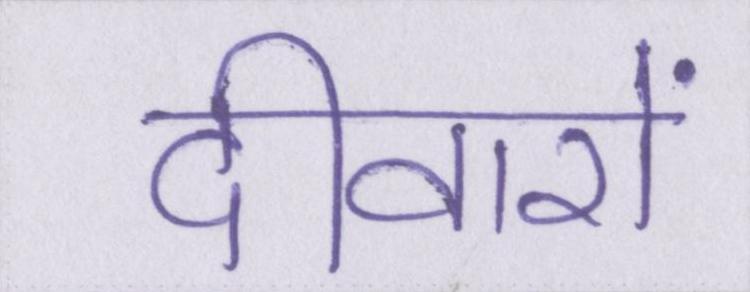
दीवारों